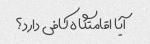
آیا اقامتگاه کافی دارد؟